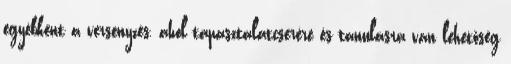
egyébként a versenyzés, ahol tapasztalatcserére és tanulásra van lehetőség